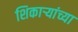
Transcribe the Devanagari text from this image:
शिकाऱ्यांच्या